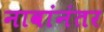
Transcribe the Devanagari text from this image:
नावांनंतर